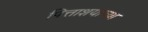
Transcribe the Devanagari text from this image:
पित्ताशयाच्या